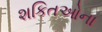
શકિતઓના